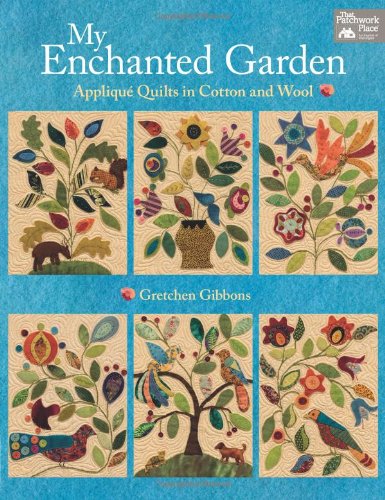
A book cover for My Enchanted Garden: AppliquÃ© Quilts in Cotton and Wool; Gretchen Gibbons; Crafts, Hobbies & Home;